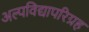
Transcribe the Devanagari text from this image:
अल्पविद्यापरिग्रह